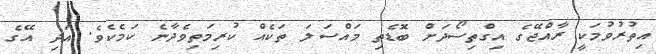
އިތުރުވުމަކީ ރާއްޖޭގެ އިގްތިސޯދަށް ބޮޑެތި މައްސަލަ ތަކެއް ކުރިމަތިވެދާނެ ކަމެކެވެ. އަދި އޭގެ